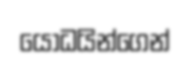
යෝධයින්ගෙන්